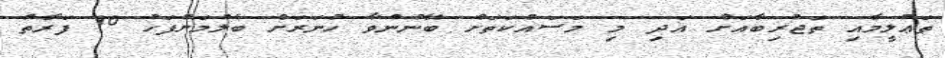
ތަޢުލީމާއި ތަޖުރިބާއަށް އަދި މި މަސައްކަތަށް ބޭނުންވާ ހުނަރަށް ބެލުމަށްފަހު 10 ފަރާތް